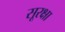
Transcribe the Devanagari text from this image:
सूरक्षा